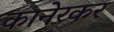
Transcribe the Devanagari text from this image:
कानेरकर